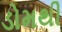
ડોમથી